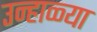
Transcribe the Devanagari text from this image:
उन्हाळ्या